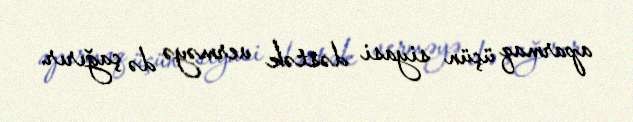
aparmaq üçün siyasi dəstək verməyə də çağırır.